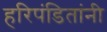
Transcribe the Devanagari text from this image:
हरिपंडितांनी